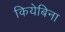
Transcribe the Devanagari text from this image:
कियेबिना